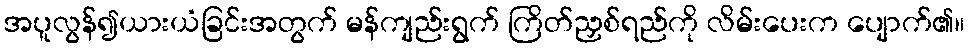
အပူလွန်၍ယားယံခြင်းအတွက် မန်ကျည်းရွက် ကြိတ်ညှစ်ရည်ကို လိမ်းပေးက ပျောက်၏။